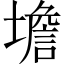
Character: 㙴